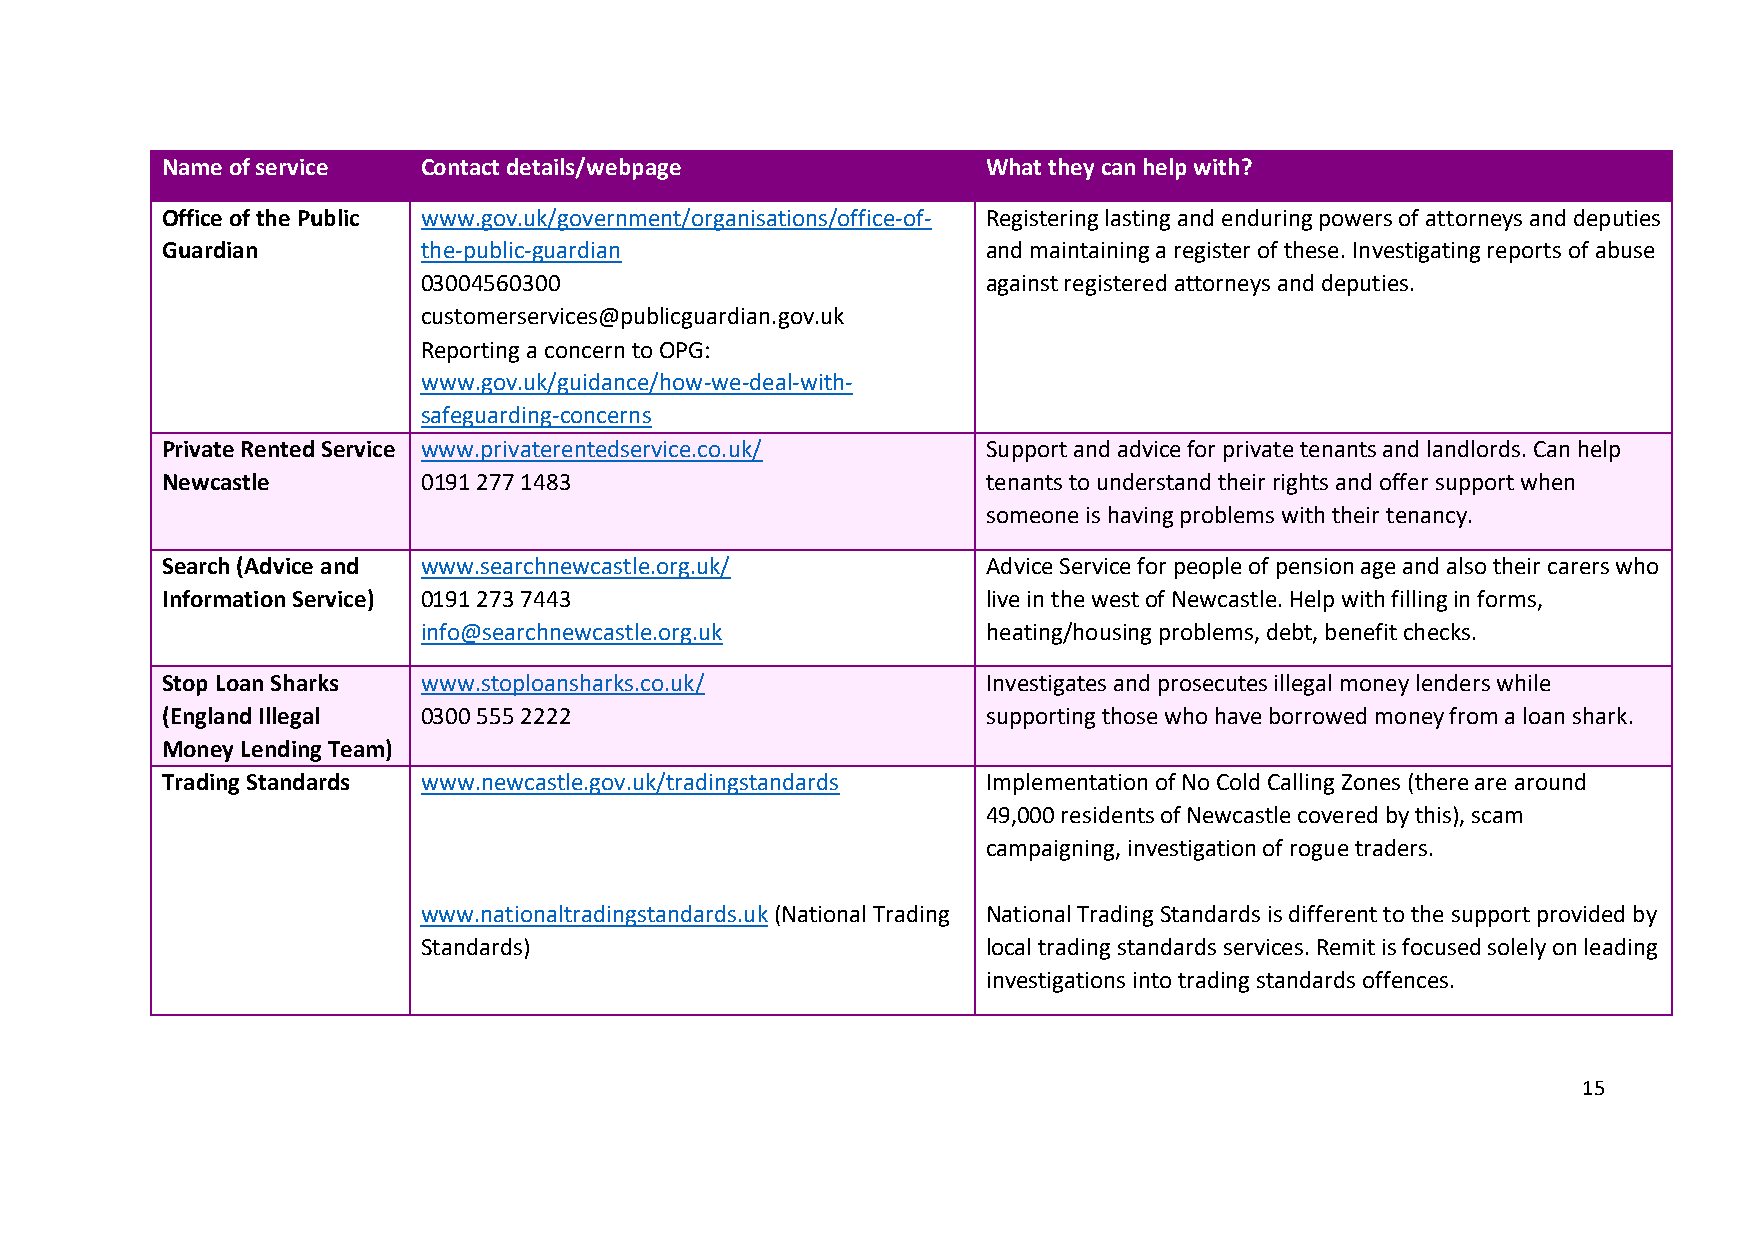
Name of service  Contact details/webpage              What they can help with?
 Office of the Public www.gov.uk/government/organisations/office-of- Registering lasting and enduring powers of attorneys and deputies
 Guardian         the-public-guardian                  and maintaining a register of these. Investigating reports of abuse
 03004560300                          against registered attorneys and deputies.
 customerservices@publicguardian.gov.uk
 Reporting a concern to OPG:
 www.gov.uk/guidance/how-we-deal-with-
 safeguarding-concerns
 Private Rented Service www.privaterentedservice.co.uk/ Support and advice for private tenants and landlords. Can help
 Newcastle        0191 277 1483                        tenants to understand their rights and offer support when
 someone is having problems with their tenancy.
 Search (Advice and www.searchnewcastle.org.uk/        Advice Service for people of pension age and also their carers who
 Information Service) 0191 273 7443                    live in the west of Newcastle. Help with filling in forms,
 info@searchnewcastle.org.uk          heating/housing problems, debt, benefit checks.
 Stop Loan Sharks www.stoploansharks.co.uk/            Investigates and prosecutes illegal money lenders while
 (England Illegal 0300 555 2222                        supporting those who have borrowed money from a loan shark.
 Money Lending Team)
 Trading Standards www.newcastle.gov.uk/tradingstandards Implementation of No Cold Calling Zones (there are around
 49,000 residents of Newcastle covered by this), scam
 campaigning, investigation of rogue traders.
 www.nationaltradingstandards.uk (National Trading National Trading Standards is different to the support provided by
 Standards)                           local trading standards services. Remit is focused solely on leading
 investigations into trading standards offences.
 15